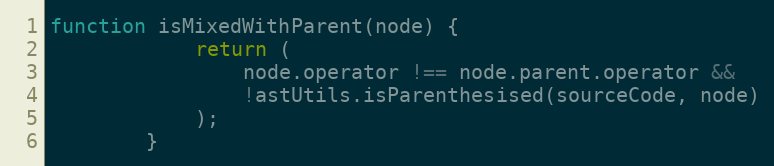
Language: JavaScript
function isMixedWithParent(node) {
            return (
                node.operator !== node.parent.operator &&
                !astUtils.isParenthesised(sourceCode, node)
            );
        }